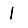
Digit: 1